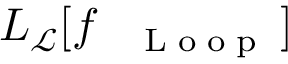
L _ { \mathcal { L } } [ f _ { \mathrm { ~ \tiny ~ \textnormal ~ { ~ L ~ o ~ o ~ p ~ } ~ } } ]